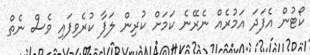
ކޯޓުން އެފަދަ އަމުރެއް ނެރޭނެ ކަމަށް ކުރިން ލަފާ ކުރެވިފައި ވެސް ނެތް